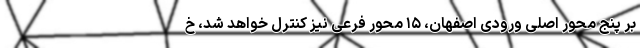
بر پنج محور اصلی ورودی اصفهان، ۱۵ محور فرعی نیز کنترل خواهد شد، خ